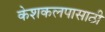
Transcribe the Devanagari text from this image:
केशकलपासाठी